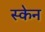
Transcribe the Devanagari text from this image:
स्‍केन